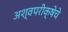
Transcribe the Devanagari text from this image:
अश्वपरीक्षेचे